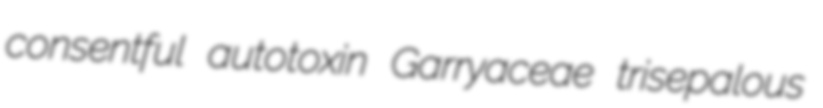
consentful autotoxin Garryaceae trisepalous